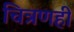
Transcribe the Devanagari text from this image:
चित्रणही